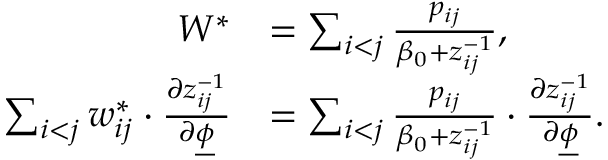
\begin{array} { r l } { W ^ { * } } & { = \sum _ { i < j } \frac { p _ { i j } } { \beta _ { 0 } + z _ { i j } ^ { - 1 } } , } \\ { \sum _ { i < j } w _ { i j } ^ { * } \cdot \frac { \partial z _ { i j } ^ { - 1 } } { \partial \underline { { \phi } } } } & { = \sum _ { i < j } \frac { p _ { i j } } { \beta _ { 0 } + z _ { i j } ^ { - 1 } } \cdot \frac { \partial z _ { i j } ^ { - 1 } } { \partial \underline { { \phi } } } . } \end{array}